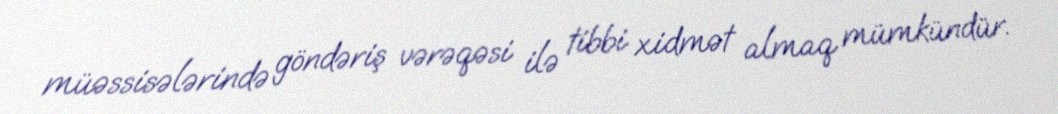
müəssisələrində göndəriş vərəqəsi ilə tibbi xidmət almaq mümkündür.